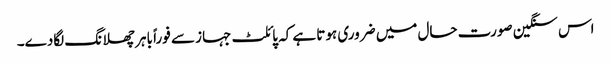
اس سنگین صورت حال میں ضروری ہوتا ہے کہ پائلٹ جہاز سے فوراً باہر چھلانگ لگادے۔